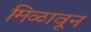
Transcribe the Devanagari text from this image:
मिळावून